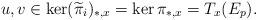
LaTeX: \begin{align*}u,v\in \ker(\widetilde{\pi}_{i})_{\ast,x}= \ker \pi_{\ast,x}=T_x (E_p).\end{align*}